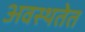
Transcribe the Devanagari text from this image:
अवस्थतेत